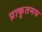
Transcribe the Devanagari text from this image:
प्राकृतमय